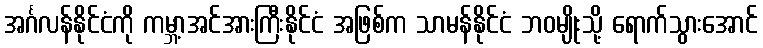
အင်္ဂလန်နိုင်ငံကို ကမ္ဘာ့အင်အားကြီးနိုင်ငံ အဖြစ်က သာမန်နိုင်ငံ ဘဝမျိုးသို့ ရောက်သွားအောင်